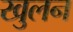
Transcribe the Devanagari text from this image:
खुलन